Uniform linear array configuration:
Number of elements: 12
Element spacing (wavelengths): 1
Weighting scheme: uniform
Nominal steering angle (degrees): -15
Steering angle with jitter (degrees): -16.574
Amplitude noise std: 0.05
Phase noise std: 0.05

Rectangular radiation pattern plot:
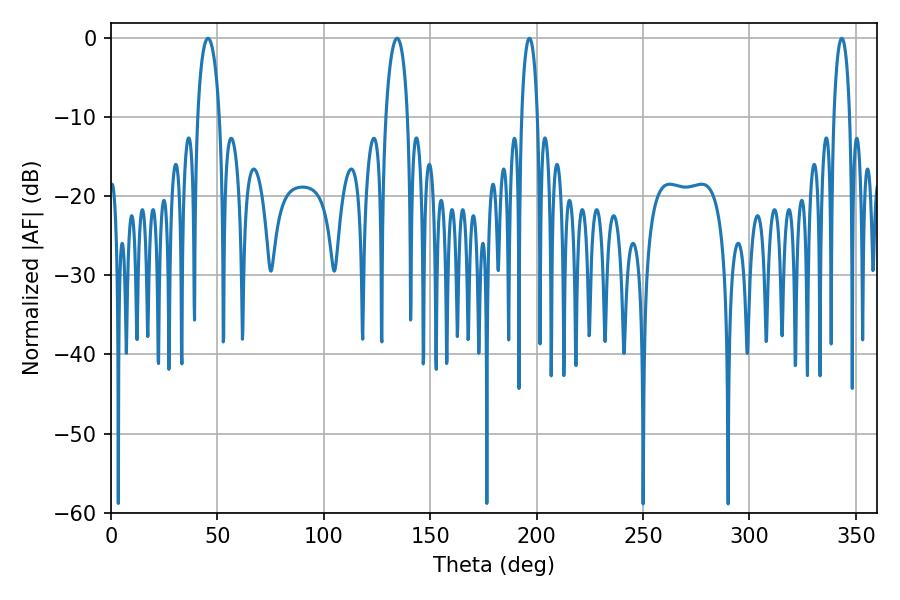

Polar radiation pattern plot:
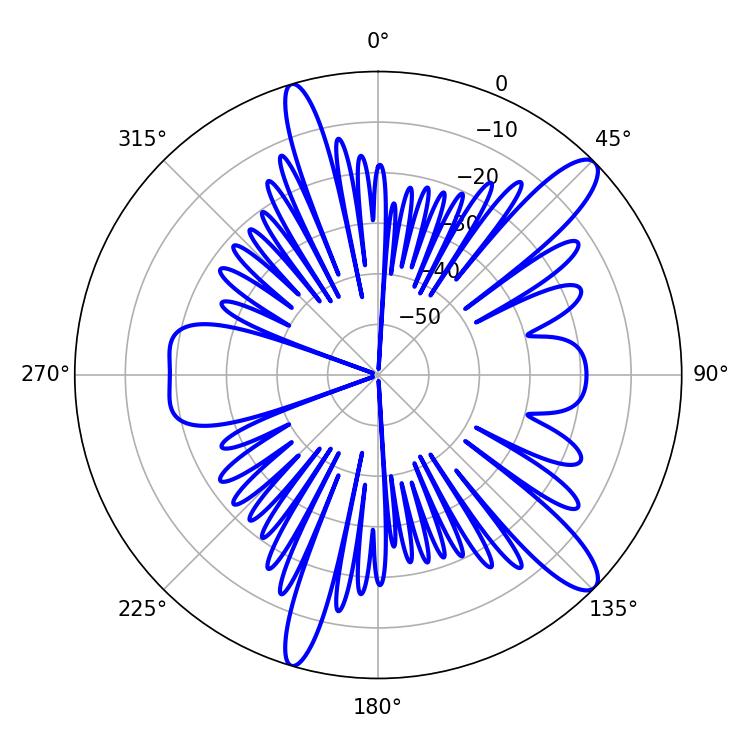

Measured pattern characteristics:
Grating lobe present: TRUE
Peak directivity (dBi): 12.334
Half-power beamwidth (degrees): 5.94
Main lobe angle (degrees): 45.54